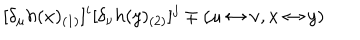
[ \delta _ { \mu } h ( x ) _ { ( 1 ) } ] ^ { i } [ \delta _ { \nu } h ( y ) _ { ( 2 ) } ] ^ { j } \mp ( \mu \leftrightarrow \nu , x \leftrightarrow y )